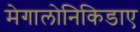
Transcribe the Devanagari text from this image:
मेगालोनिकिडाए